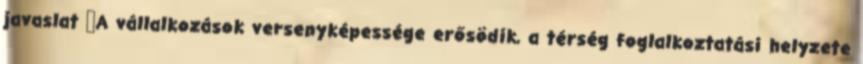
javaslat ▪A vállalkozások versenyképessége erősödik, a térség foglalkoztatási helyzete